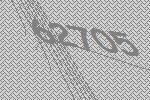
62705